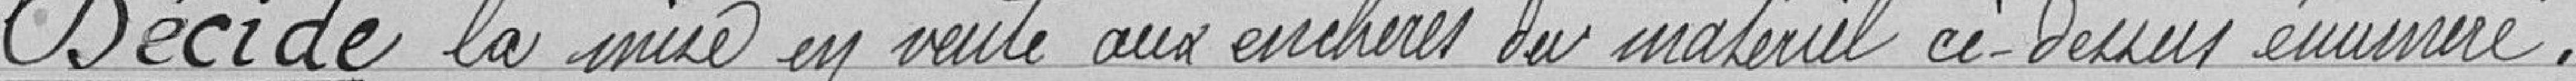
Décide la mise en vente aux enchères le matériel ci-dessus énuméré